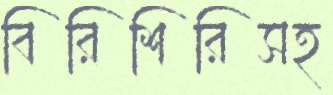
বিরিশিরিসহ